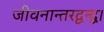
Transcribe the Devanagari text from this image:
जीवनान्तरद्वन्द्व।